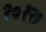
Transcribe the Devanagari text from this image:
२०१२।